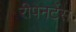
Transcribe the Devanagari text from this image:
रीपेनटेंस